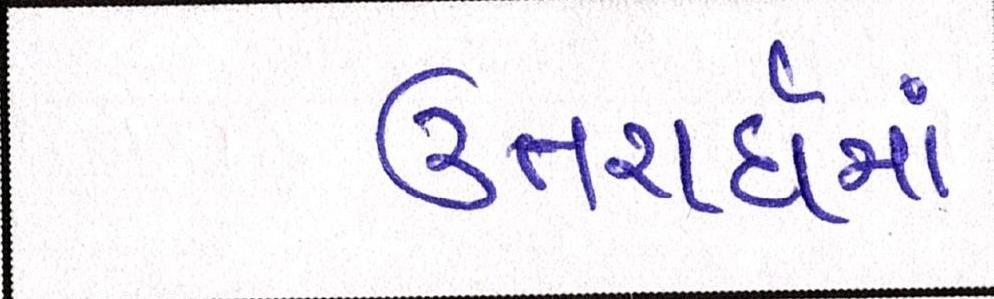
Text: ઉત્તરાર્ધમાં